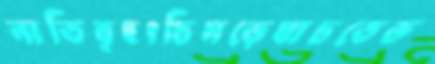
নাতিবৃহৎচিমড়েযাচতেভ